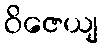
ဝိဇေယျ